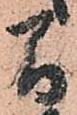
間